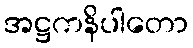
အဋ္ဌကနိပါတော